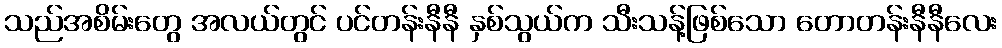
သည်အစိမ်းတွေ အလယ်တွင် ပင်တန်းနီနီ နှစ်သွယ်က သီးသန့်ဖြစ်သော တောတန်းနီနီလေး